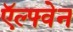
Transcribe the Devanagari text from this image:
ऍल्फ्वेन